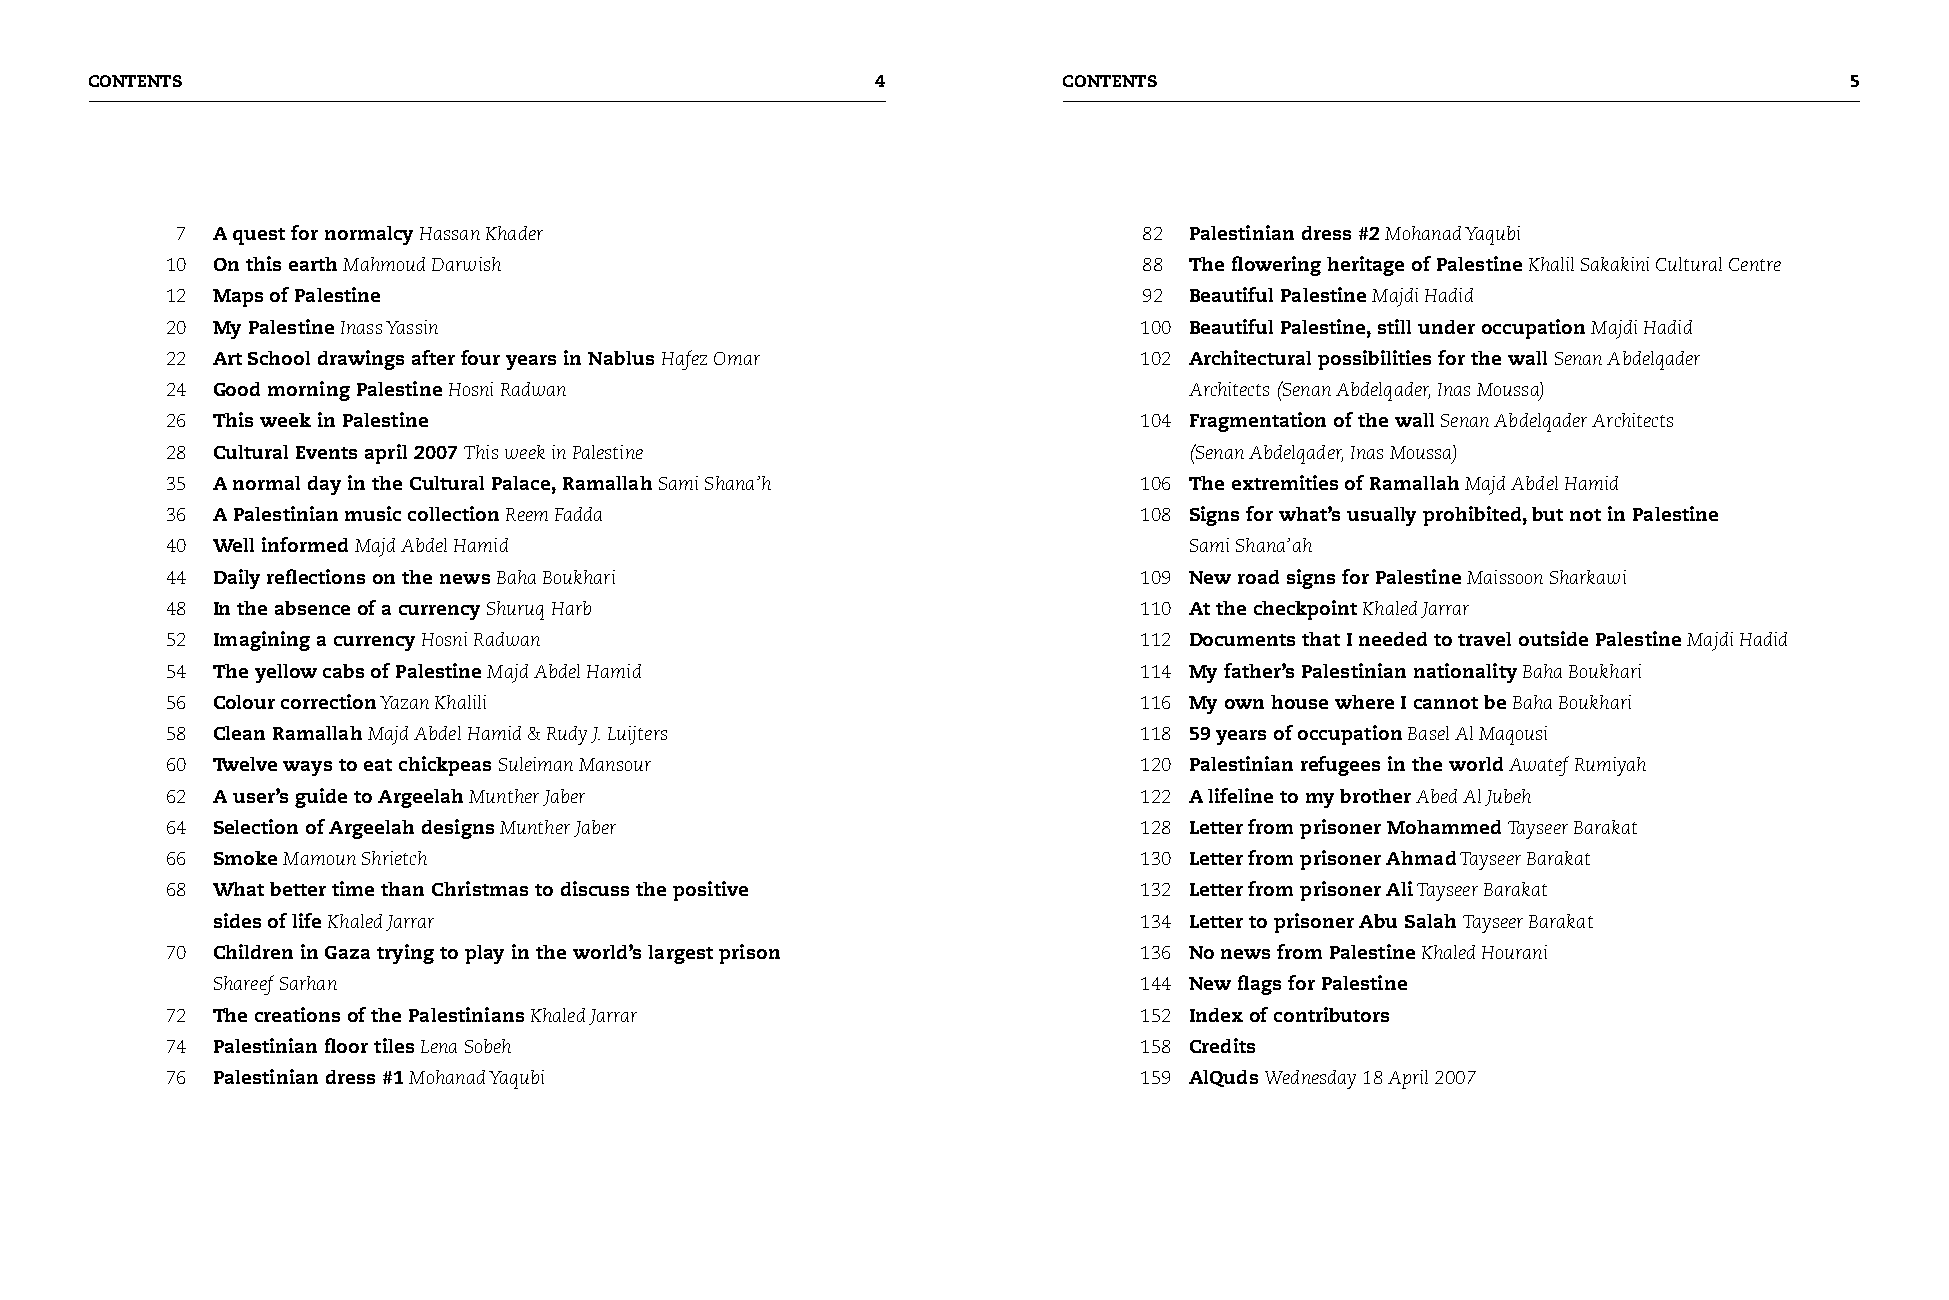
CONTENTS                                                       CONTENTS                                            
 7 A quest for normalcy Hassan Khader                            82 Palestinian dress #2 Mohanad Yaqubi
 10 On this earth Mahmoud Darwish                                 88 The flowering heritage of Palestine Khalil Sakakini Cultural Centre
 12 Maps of Palestine                                             92 Beautiful Palestine Majdi Hadid
 20 My Palestine Inass Yassin                                    100 Beautiful Palestine, still under occupation Majdi Hadid
 22 Art School drawings after four years in Nablus Hafez Omar    102 Architectural possibilities for the wall Senan Abdelqader
 24 Good morning Palestine Hosni Radwan                              Architects (Senan Abdelqader, Inas Moussa)
 26 This week in Palestine                                       104 Fragmentation of the wall Senan Abdelqader Architects
 28 Cultural Events april 2007 This week in Palestine                (Senan Abdelqader, Inas Moussa)
 35 A normal day in the Cultural Palace, Ramallah Sami Shana’h   106 The extremities of Ramallah Majd Abdel Hamid
 36 A Palestinian music collection Reem Fadda                    108 Signs for what’s usually prohibited, but not in Palestine
 40 Well informed Majd Abdel Hamid                                   Sami Shana’ah
 44 Daily reflections on the news Baha Boukhari                  109 New road signs for Palestine Maissoon Sharkawi
 48 In the absence of a currency Shuruq Harb                     110 At the checkpoint Khaled Jarrar
 52 Imagining a currency Hosni Radwan                            112 Documents that I needed to travel outside Palestine Majdi Hadid
 54 The yellow cabs of Palestine Majd Abdel Hamid                114 My father’s Palestinian nationality Baha Boukhari
 56 Colour correction Yazan Khalili                              116 My own house where I cannot be Baha Boukhari
 58 Clean Ramallah Majd Abdel Hamid & Rudy J. Luijters           118 9 years of occupation Basel Al Maqousi
 60 Twelve ways to eat chickpeas Suleiman Mansour                120 Palestinian refugees in the world Awatef Rumiyah
 62 A user’s guide to Argeelah Munther Jaber                     122 A lifeline to my brother Abed Al Jubeh
 64 Selection of Argeelah designs Munther Jaber                  128 Letter from prisoner Mohammed Tayseer Barakat
 66 Smoke Mamoun Shrietch                                        130 Letter from prisoner Ahmad Tayseer Barakat
 68 What better time than Christmas to discuss the positive      132 Letter from prisoner Ali Tayseer Barakat
 sides of life Khaled Jarrar                                  134 Letter to prisoner Abu Salah Tayseer Barakat
 70 Children in Gaza trying to play in the world’s largest prison 136 No news from Palestine Khaled Hourani
 Shareef Sarhan                                               144 New flags for Palestine
 72 The creations of the Palestinians Khaled Jarrar              152 Index of contributors
 74 Palestinian floor tiles Lena Sobeh                           158 Credits
 76 Palestinian dress #1 Mohanad Yaqubi                          159 AlQuds Wednesday 18 April 2007